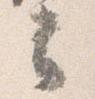
云